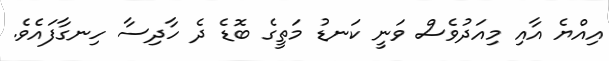
އިއްޔެ އާއި މިއަދުވެސް ވަނީ ކަނޑު މަތީގެ ބޮޑެ ދެ ހާދިސާ ހިނގާފައެވެ.